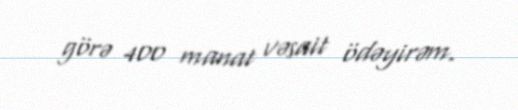
görə 400 manat vəsait ödəyirəm.